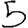
Digit: 5